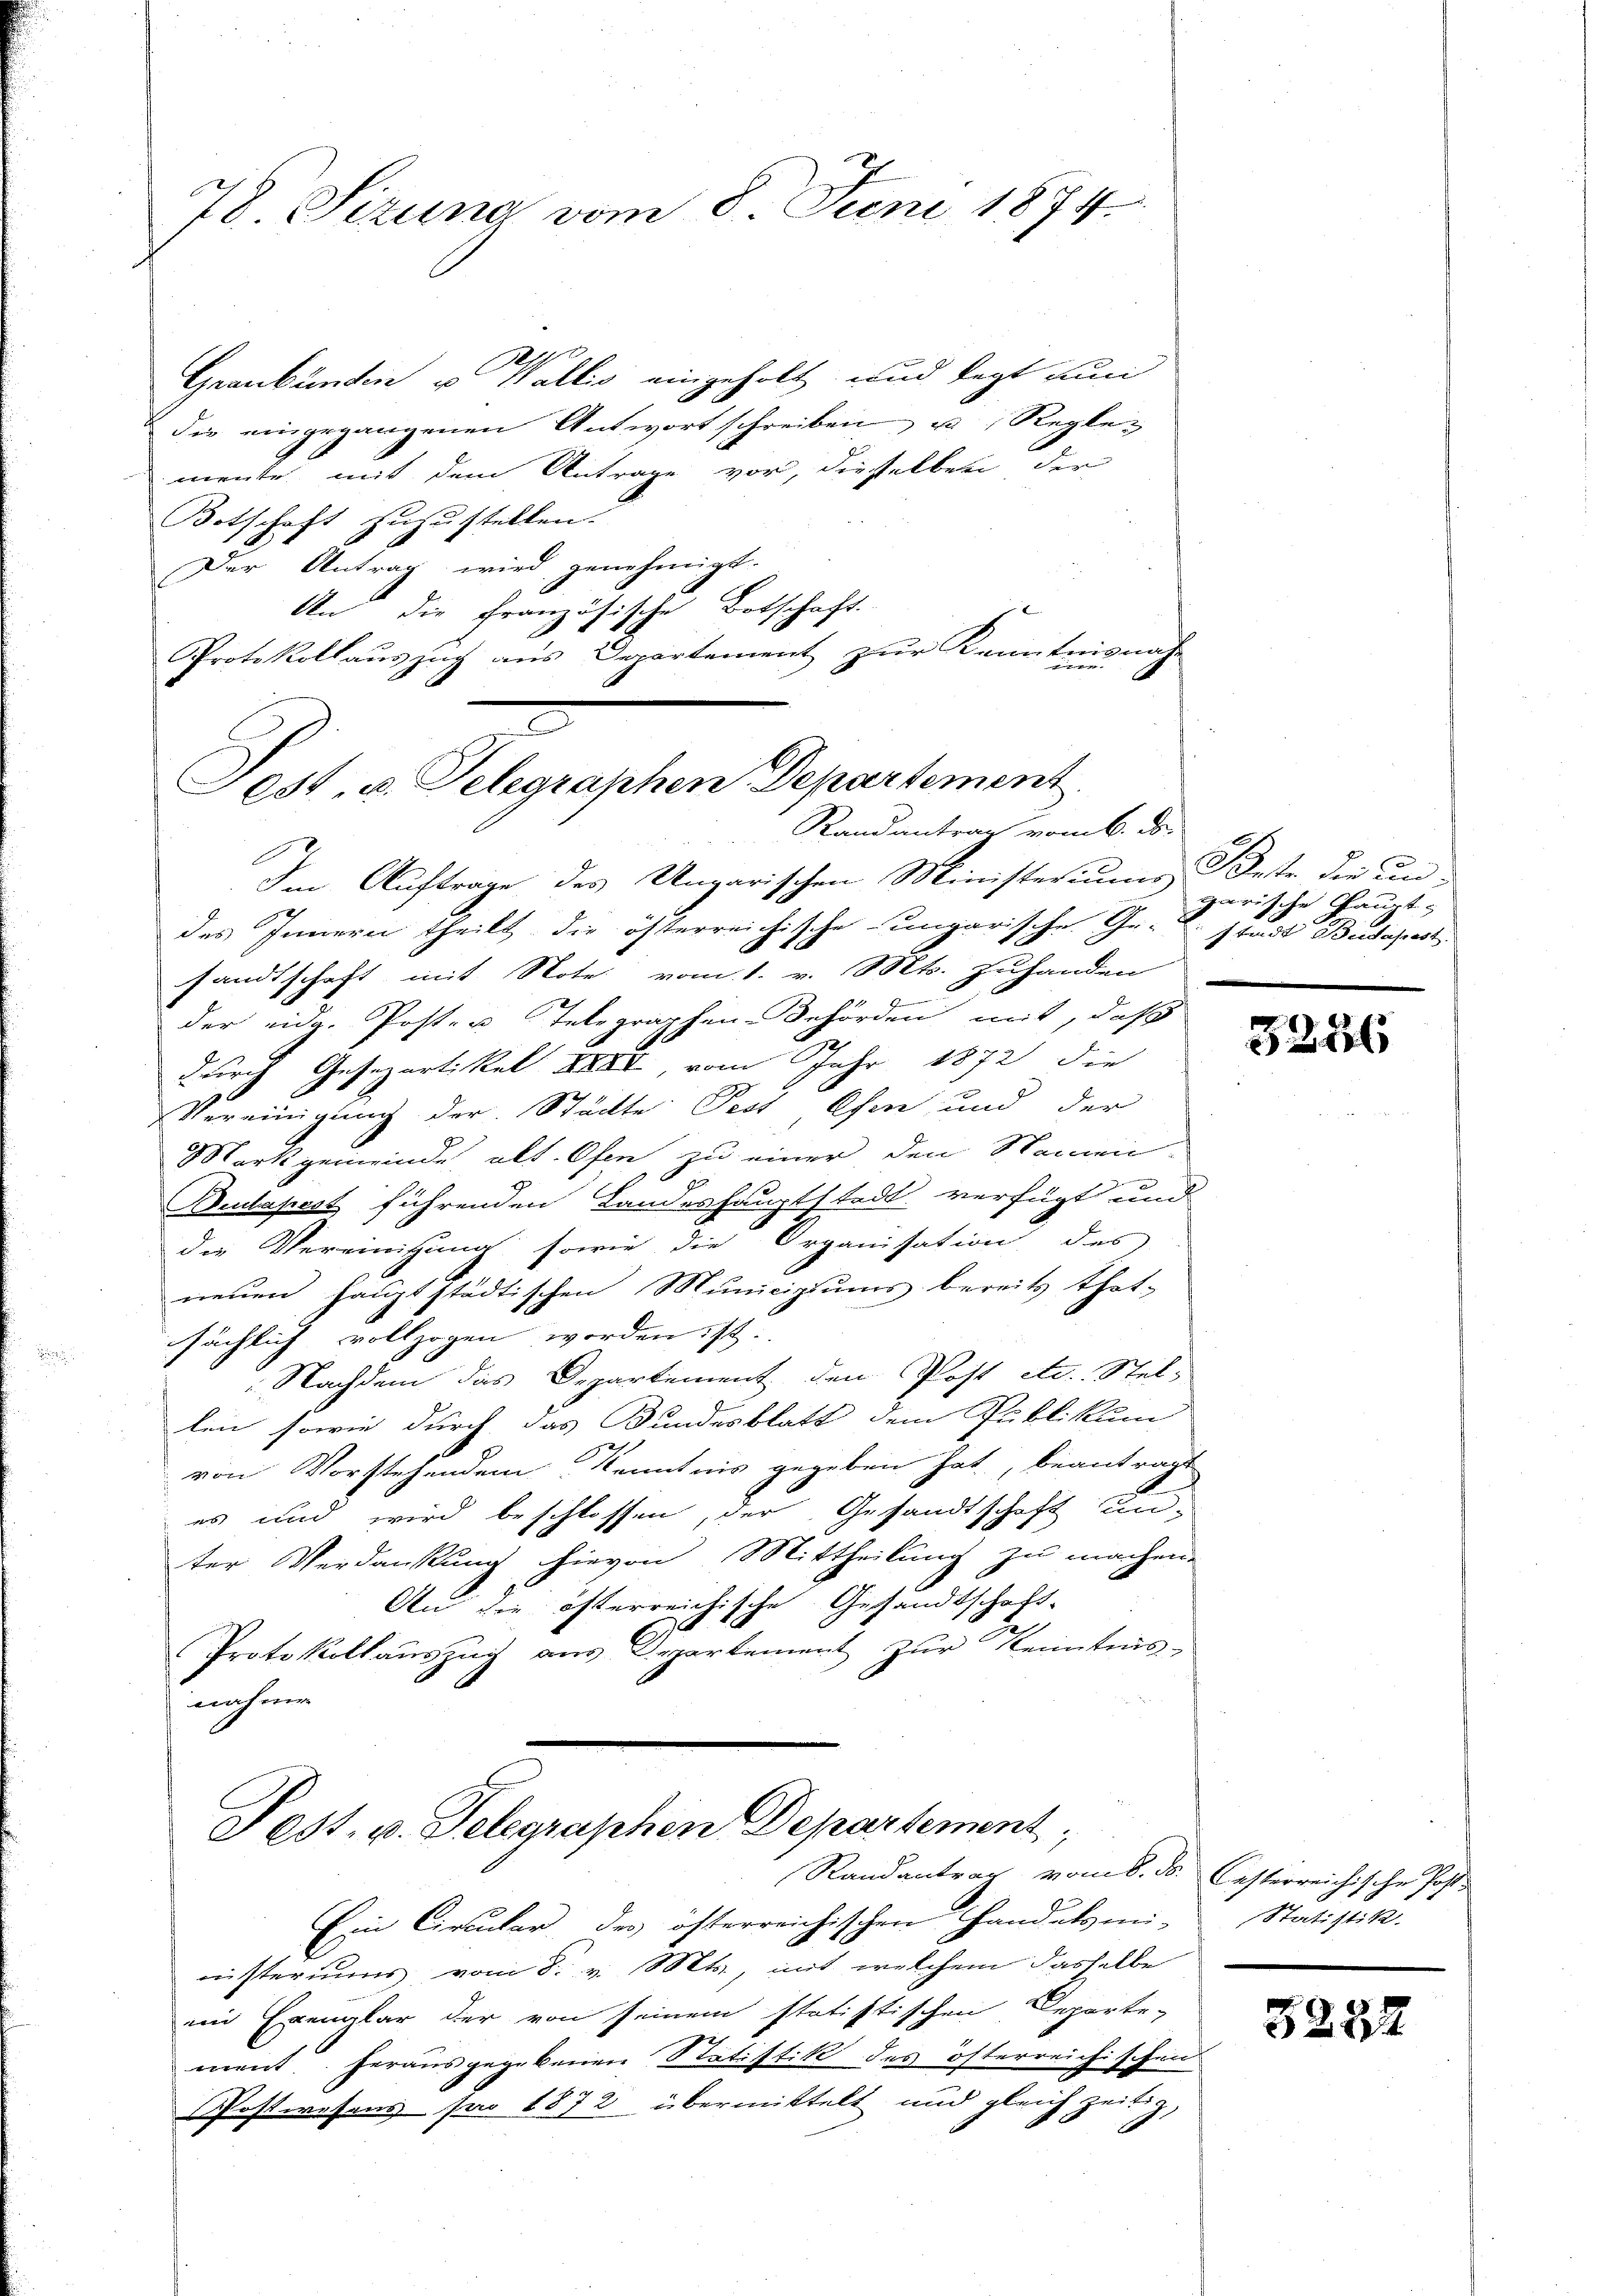
78 Sizung vom 8. Juni 1874.

Graubünden u Wallis eingeholt und legt kun
die eingegangenen Antwort schreiben u. Regle¬
.
mente mit dem Antrage vor, dieselben der
Botschaft zuzustellen.
Der Antrag wird genehmigt.
An die Französische Botschaft.
impf
Protokollaŭszŭg aŭs Departement zŭr Kennten-
Im Aufträge des Ungarischen Ministeriums deste die undes Innern theilt, die österreichische ungarische Ge-Stadt Budapest.
sandtschaft mit Note vom 1. v. Mts. zuhanden
der eidg. Poster Telegraphen-Behörden mit, daß
durch Gesepartikel XXXI, vom Jahr 1872 die
Vereinigung der Städte Pest Ofen und der
Mark gemeinde alt. Ofen zu einer den Namen-
Budapest führenden Landeshauptstadt verfügt und
die Vereinigung sowie die Organisation des
neŭen haŭptstädtischen Municipiŭms bereits that-
sächlich vollzogen worden ist.
Nachdem das Departement den Post etc. Stel-
len sowie durch das Bundesblatt dem Publikum
vom Vorstehenden Kenntnis gegeben hat, beantragt
es und wird beschlossen, der Gesandtschaft un-
ter Verdankung hievon Mittheilung zu machen.
An die österreichische Gesandtschaft-
7
Protokollauszug aus Departement zur Kenntnis-
nahme

Pest, u. Telegraphen Departement
Randantrag vom 6. ds.

Pest. u. Telegraphen Departement,
Randantrag vom 8. ds. Casterreichische Post¬

garische Haupt-

Ein Circular des österreichischen Handelsmi-Statistik.
nisteriums vom 8. v. Mts., mit welchem dasselbe
ii Exemplar der von seinem statistischen Departe-
ment. herausgegebenen Statistik des österreichischen
Postwesens pro 1872 übermittelt und gleich zeitig,

5286

5284